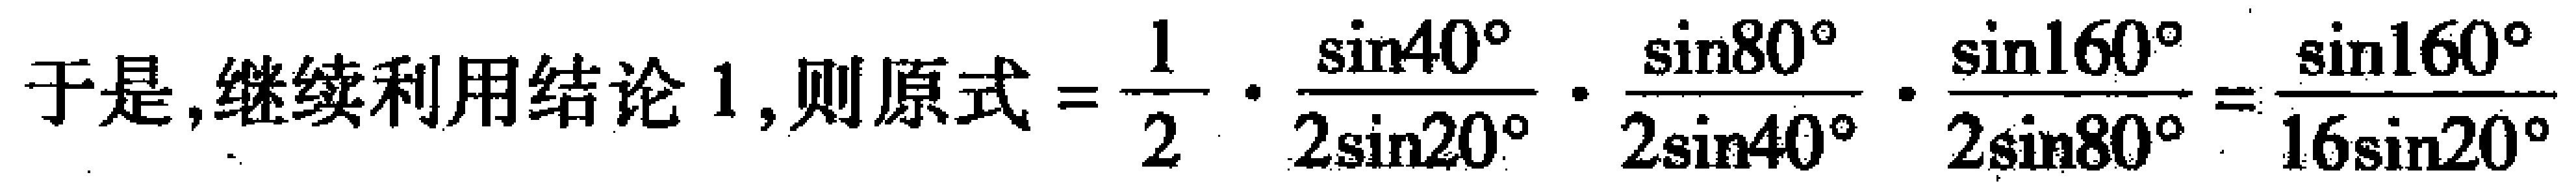
于是, 继续利用结论 1, 则原式 \(=\frac{1}{2}\cdot\frac{\sin40^{\circ}}{2\sin20^{\circ}}\cdot\frac{\sin80^{\circ}}{2\sin40^{\circ}}\cdot\frac{\sin160^{\circ}}{2\sin80^{\circ}}=\frac{\sin160^{\circ}}{16\sin20^{\circ}}\)